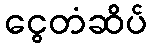
ငွေတံဆိပ်